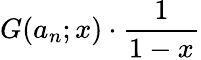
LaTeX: G(a_{n};x)\cdot{\frac{1}{1-x}}